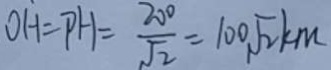
O H = P H = \frac { 2 0 0 } { \sqrt { 2 } } = 1 0 0 \sqrt { 2 } k m